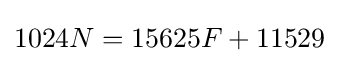
1024N=15625F+11529